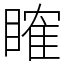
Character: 𥉑